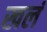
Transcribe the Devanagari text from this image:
खलं